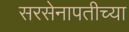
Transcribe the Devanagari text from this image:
सरसेनापतीच्या